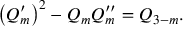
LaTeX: \left( Q _ { m } ^ { \prime } \right) ^ { 2 } - Q _ { m } Q _ { m } ^ { \prime \prime } = Q _ { 3 - m } .